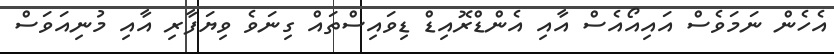
އެހެން ނަމަވެސް އައިއޯއެސް އާއި އެންޑްރޮއިޑް ޑިވައިސްތައް ގިނަވެ ވިޔަފާރި އާއި މުނިއަވަސް